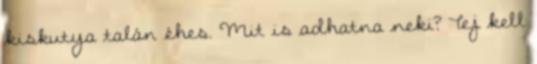
kiskutya talán éhes. Mit is adhatna neki? Tej kell